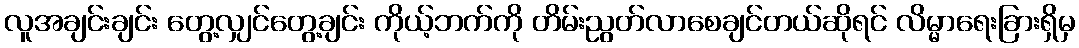
လူအချင်းချင်း တွေ့လျှင်တွေ့ချင်း ကိုယ့်ဘက်ကို တိမ်းညွတ်လာစေချင်တယ်ဆိုရင် လိမ္မာရေးခြားရှိမှ